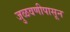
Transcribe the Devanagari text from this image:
जुळवणीपासून